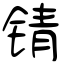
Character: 锖